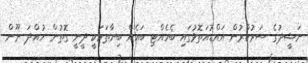
ނަޝީދުގެ ސަރުކާރުން އައްޑުއަތޮޅުގައި ބެހެއްޓި ބައެއް ބިނާތަކަކީ ދީނީ ގޮތުން ހުއްދަ ނޫން